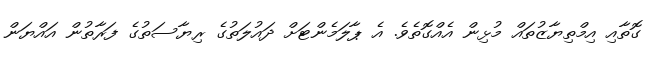
ގޮތާއި އިމްތިޔާޒުތައް މުޅިން އެއްގޮތެވެ. އެ ޕާލަމެންޓަށް ދައުލަތުގެ ރިޔާސަތުގެ ފަރާތުން އައްޔަން